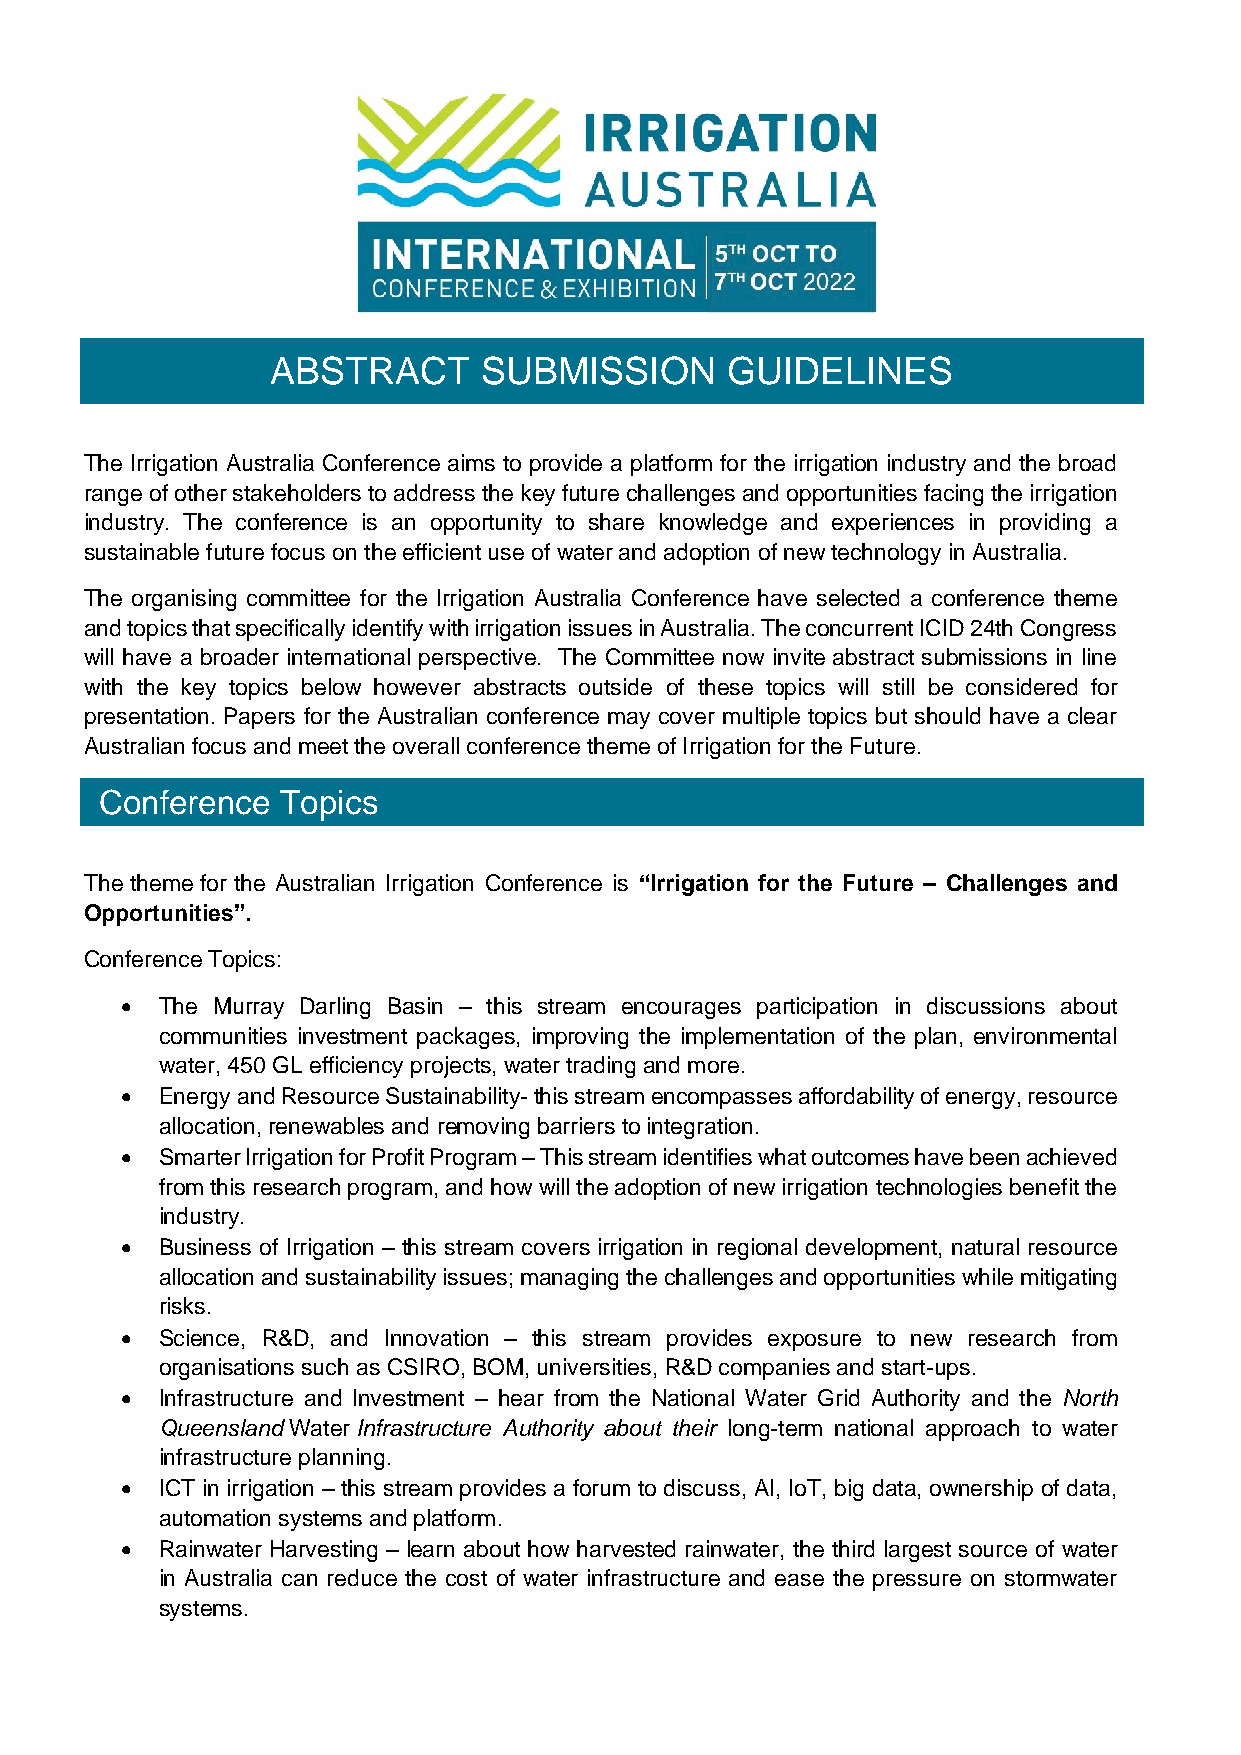
ABSTRACT      SUBMISSION      GUIDELINES
 The Irrigation Australia Conference aims to provide a platform for the irrigation industry and the broad
 range of other stakeholders to address the key future challenges and opportunities facing the irrigation
 industry. The conference is an opportunity to share knowledge and experiences in providing a
 sustainable future focus on the efficient use of water and adoption of new technology in Australia.
 The organising committee for the Irrigation Australia Conference have selected a conference theme
 and topics that specifically identify with irrigation issues in Australia. The concurrent ICID 24th Congress
 will have a broader international perspective. The Committee now invite abstract submissions in line
 with the key topics below however abstracts outside of these topics will still be considered for
 presentation. Papers for the Australian conference may cover multiple topics but should have a clear
 Australian focus and meet the overall conference theme of Irrigation for the Future.
 Conference  Topics
 SUBMISSION
 RACT                GUIDELINES
 The theme for the Australian Irrigation Conference is “Irrigation for the Future – Challenges and
 Opportunities”.
 Conference Topics:
 •  The Murray Darling Basin – this stream encourages participation in discussions about
 communities investment packages, improving the implementation of the plan, environmental
 water, 450 GL efficiency projects, water trading and more.
 •  Energy and Resource Sustainability- this stream encompasses affordability of energy, resource
 allocation, renewables and removing barriers to integration.
 •  Smarter Irrigation for Profit Program – This stream identifies what outcomes have been achieved
 from this research program, and how will the adoption of new irrigation technologies benefit the
 industry.
 •  Business of Irrigation – this stream covers irrigation in regional development, natural resource
 allocation and sustainability issues; managing the challenges and opportunities while mitigating
 risks.
 •  Science, R&D, and Innovation – this stream provides exposure to new research from
 organisations such as CSIRO, BOM, universities, R&D companies and start-ups.
 •  Infrastructure and Investment – hear from the National Water Grid Authority and the North
 Queensland Water Infrastructure Authority about their long-term national approach to water
 infrastructure planning.
 •  ICT in irrigation – this stream provides a forum to discuss, AI, IoT, big data, ownership of data,
 automation systems and platform.
 •  Rainwater Harvesting – learn about how harvested rainwater, the third largest source of water
 in Australia can reduce the cost of water infrastructure and ease the pressure on stormwater
 systems.